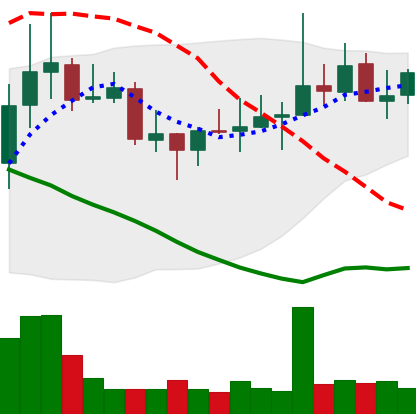
Ticker: DOGE-USD
Chart end date: 2021-10-23
Forward return: 19.351%
Label: up_7plus